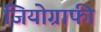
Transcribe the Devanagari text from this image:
जियोग्राफी